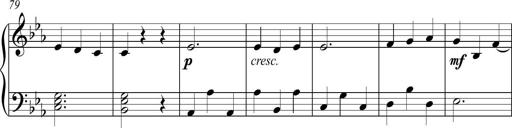
Title: Piano Sonatina in C
Composer: Daniel LÃ©o Simpson
Key: C major